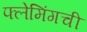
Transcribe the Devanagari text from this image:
फ्लेमिंगची